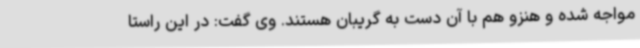
مواجه شده و هنزو هم با آن دست به گریبان هستند. وی گفت: در این راستا